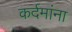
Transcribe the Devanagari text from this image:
कर्दमांना